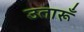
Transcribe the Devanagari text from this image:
उतारूँ